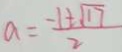
a = \frac { - 1 \pm \sqrt { 1 7 } } { 2 }